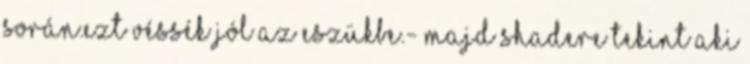
során.Ezt véssék jól az eszükbe.- majd Shadere tekint aki